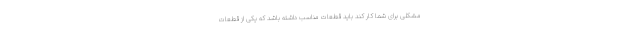
مشکلی برای شما کار کند باید قطعات مناسب داشته باشد که یکی از قطعات